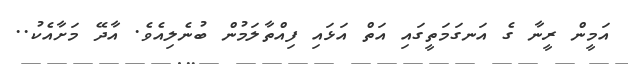
އަމީން ރީނާ ގެ އަނގަމަތީގައި އަތް އަޅައި ފިއްތާލަމުން ބުނެލިއެވެ. އާދޭ މަށާއެކު..